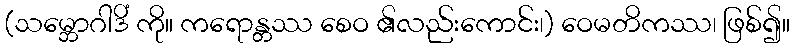
(သမ္ဘောဂါဒိံ ကို။ ကရောန္တဿ စေဝ ၏လည်းကောင်း၊) ဝေမတိကဿ၊ ဖြစ်၍။